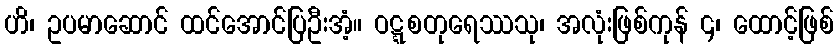
ဟိ၊ ဥပမာဆောင် ထင်အောင်ပြဦးအံ့။ ဝဋ္ဋစတုရေဿသု၊ အလုံးဖြစ်ကုန် ၄၊ ထောင့်ဖြစ်